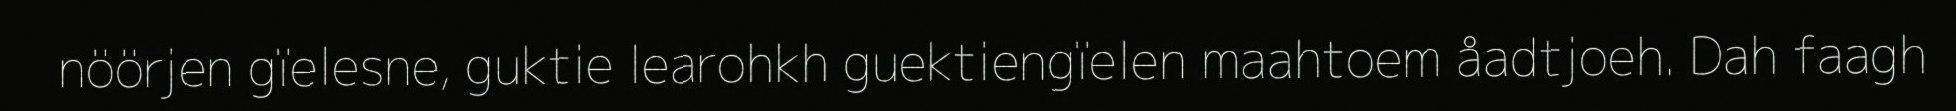
nöörjen gïelesne, guktie learohkh guektiengïelen maahtoem åadtjoeh. Dah faagh